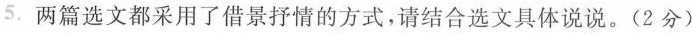
5.两篇选文都采用了借景抒情的方式，请结合选文具体说说。(2分)